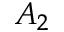
A _ { 2 }